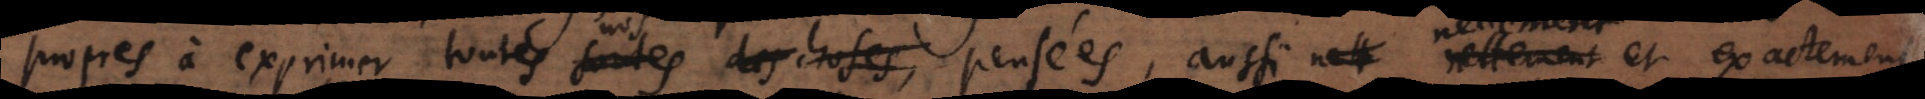
propres à exprimer toutes sortes de choses, pensées, aussi nettement et exactement